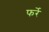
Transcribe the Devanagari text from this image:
फर्रे